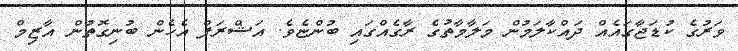
ވަރުގެ ކުޑަޖާގައެއް ދައްކާލަމުން މަލާމާތުގެ ރާގެއްގައި ބުންޏެވެ. އަޝްރަފް އެހެން ބުނިގޮތުން އާޒިމް